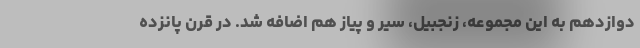
دوازدهم به این مجموعه، زنجبیل، سیر و پیاز هم اضافه شد. در قرن پانزده